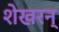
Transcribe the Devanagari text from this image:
शेखरन्